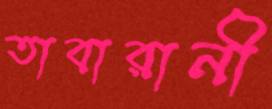
তাবারানী